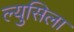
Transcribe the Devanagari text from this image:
ल्युसिला